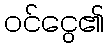
ဝင်ငွေ၏